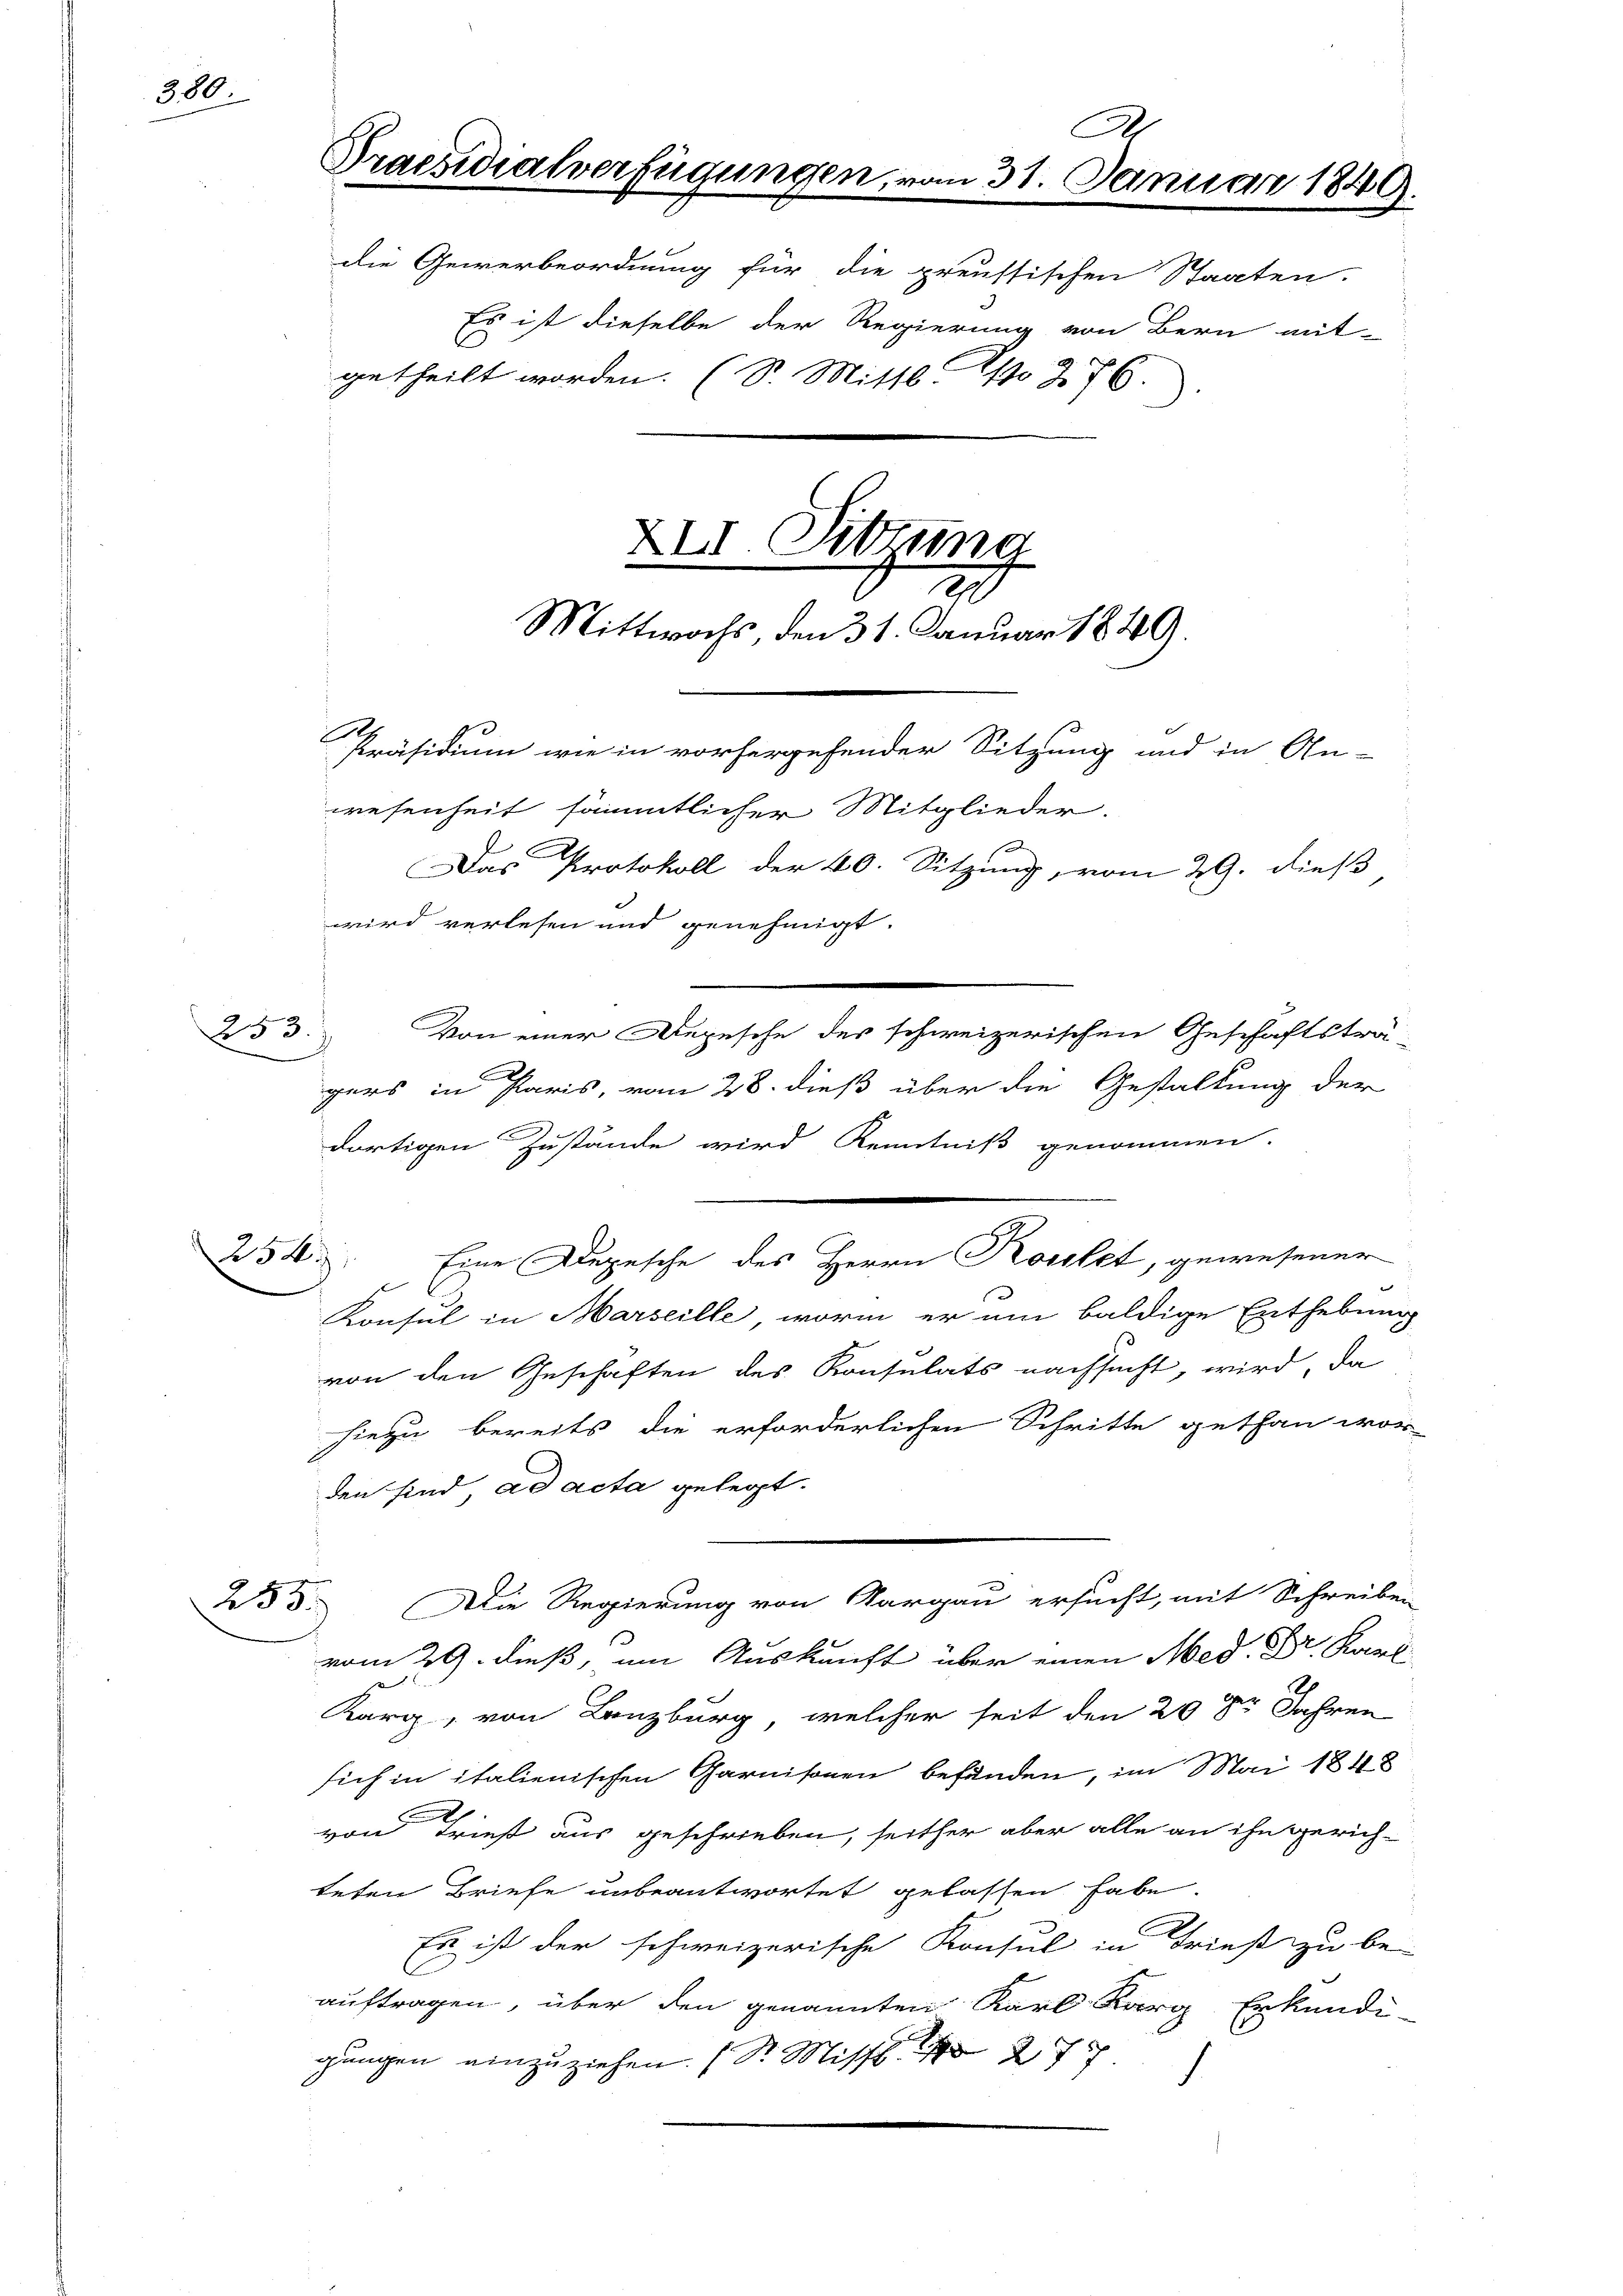
380.

253.

254)

255.

E
dortigen Zustände wird Kenntniß genommen.
Konsul in Marseille, worin er um baldige Enthebung
von den Geschaften des Konsulats nachsucht, wird, da
hiezu bereits die erforderlichen Schritte gethan wor-
den sind, ad acta gelegt.
Die Regierung von Aargau ersucht, mit Schreiben
vom 29. dieß, um Auskunft über einen Med. Dr. Kant
Korg, von Lanzburg, welcher seit den 29. 82 Jahren
sich in italienischen Garnisonen befinden, im Mai 1848
von Tries aus geschrieben, seither aber alle an ihn gerich-
teten Briefe unbeantwortet gelassen habe.
Es ist der schweizerische Konsul in Frieß zu be-
auftragen, über den genannten Karl Barg Erkundi-
gungen einzuziehen. (Sr. Missb. 1827

Praesidialverfügungen, vom 31. Januar 1849.
XII. Sitzung
t
Mittwochs, den 31. Januar 1849.
E
Präsidium wie in vorhergehender Sitzung und in An-
wesenheit sämmtlicher Mitglieder.
Das Protokoll der 40. Sitzung, vom 29. dieß
wird verlesen und genehmigt.

A

die Gewerbeordnung für die preussischen Staaten.
Es ist dieselbe der Regierung von Bern mit-
getheilt worden. (S. Mittl. 1 276.

Von einer Depesche des schweizerischen Geschäftsträ-
gers in Paris, vom 28. dieß über die Gestaltung der

Eine Depesche des Herrn Kostet, gewesener